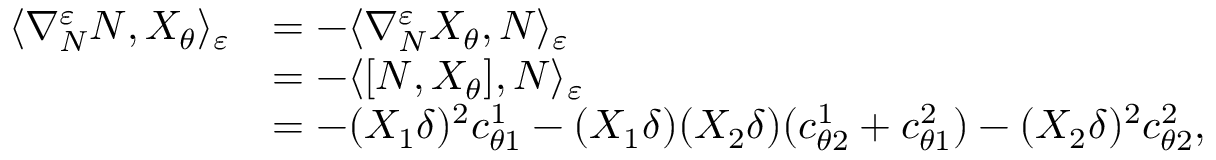
\begin{array} { r l } { \langle \nabla _ { N } ^ { \varepsilon } N , X _ { \theta } \rangle _ { \varepsilon } } & { = - \langle \nabla _ { N } ^ { \varepsilon } X _ { \theta } , N \rangle _ { \varepsilon } } \\ & { = - \langle [ N , X _ { \theta } ] , N \rangle _ { \varepsilon } } \\ & { = - ( X _ { 1 } \delta ) ^ { 2 } c _ { \theta 1 } ^ { 1 } - ( X _ { 1 } \delta ) ( X _ { 2 } \delta ) ( c _ { \theta 2 } ^ { 1 } + c _ { \theta 1 } ^ { 2 } ) - ( X _ { 2 } \delta ) ^ { 2 } c _ { \theta 2 } ^ { 2 } , } \end{array}